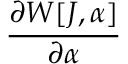
\frac { \partial W [ J , \alpha ] } { \partial \alpha }